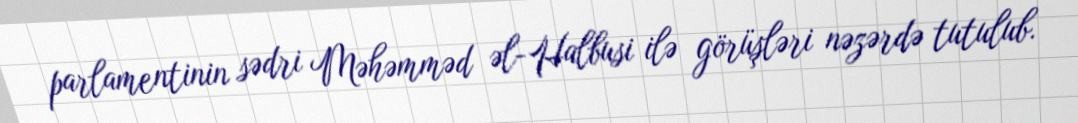
parlamentinin sədri Məhəmməd əl-Halbusi ilə görüşləri nəzərdə tutulub.